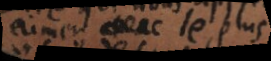
à aimer le plus